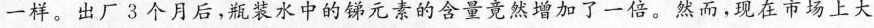
一样。出厂3个月后，瓶装水中的锑元素的含量竟然增加了一倍。然而，现在市场上大